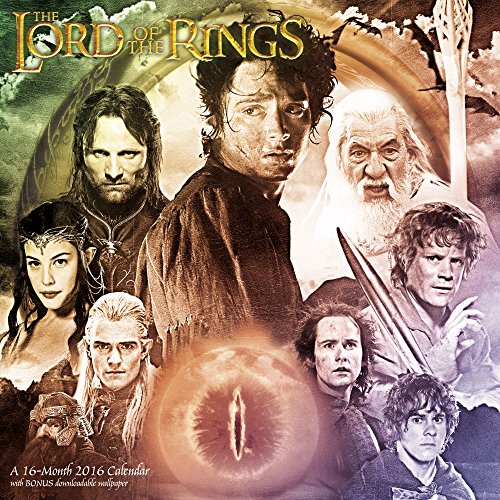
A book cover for The Lord of the Rings Trilogy Wall Calendar (2016); Day Dream; Calendars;